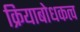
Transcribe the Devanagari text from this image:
क्रियाबोधकत्व